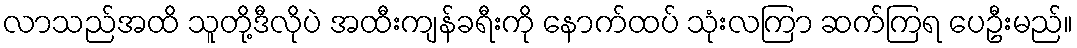
လာသည်အထိ သူတို့ဒီလိုပဲ အထီးကျန်ခရီးကို နောက်ထပ် သုံးလကြာ ဆက်ကြရ ပေဦးမည်။